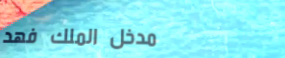
مدخل الملك فهد